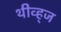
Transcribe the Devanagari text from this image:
थीव्ह्‌ज